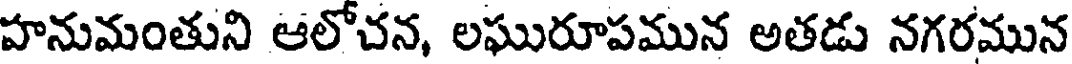
హనుమంతుని ఆలోచన, లఘురూపమున అతడు నగరమున